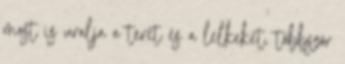
most is uralja a teret és a lelkeket, többször